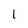
Character: 1